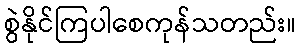
စွဲနိုင်ကြပါစေကုန်သတည်း။